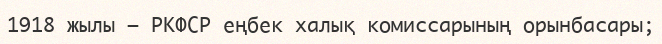
1918 жылы – РКФСР еңбек халық комиссарының орынбасары;